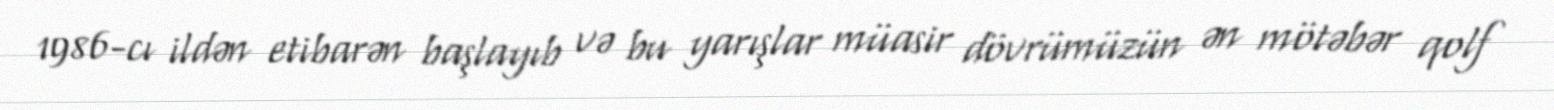
1986-cı ildən etibarən başlayıb və bu yarışlar müasir dövrümüzün ən mötəbər qolf